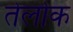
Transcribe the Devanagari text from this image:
तेलोक